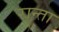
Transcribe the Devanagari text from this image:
रान्ता